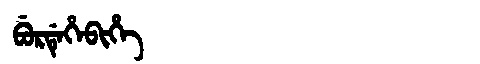
Manchu: ᠪᡠᡵᡩᡝᡥᡝᠪᡳᡥᡝ
Romanization: BURDEHEBIHE